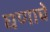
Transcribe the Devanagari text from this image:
घणाचे